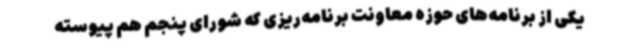
یکی از برنامه‌های حوزه معاونت برنامه‌ریزی که شورای پنجم هم پیوسته